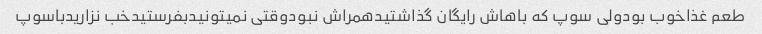
طعم غذاخوب بودولی سوپ که باهاش رایگان گذاشتیدهمراش نبودوقتی نمیتونیدبفرستیدخب نزاریدباسوپ